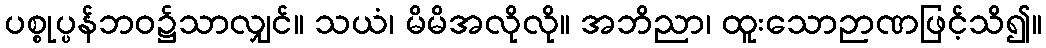
ပစ္စုပ္ပန်ဘဝ၌သာလျှင်။ သယံ၊ မိမိအလိုလို။ အဘိညာ၊ ထူးသောဉာဏဖြင့်သိ၍။